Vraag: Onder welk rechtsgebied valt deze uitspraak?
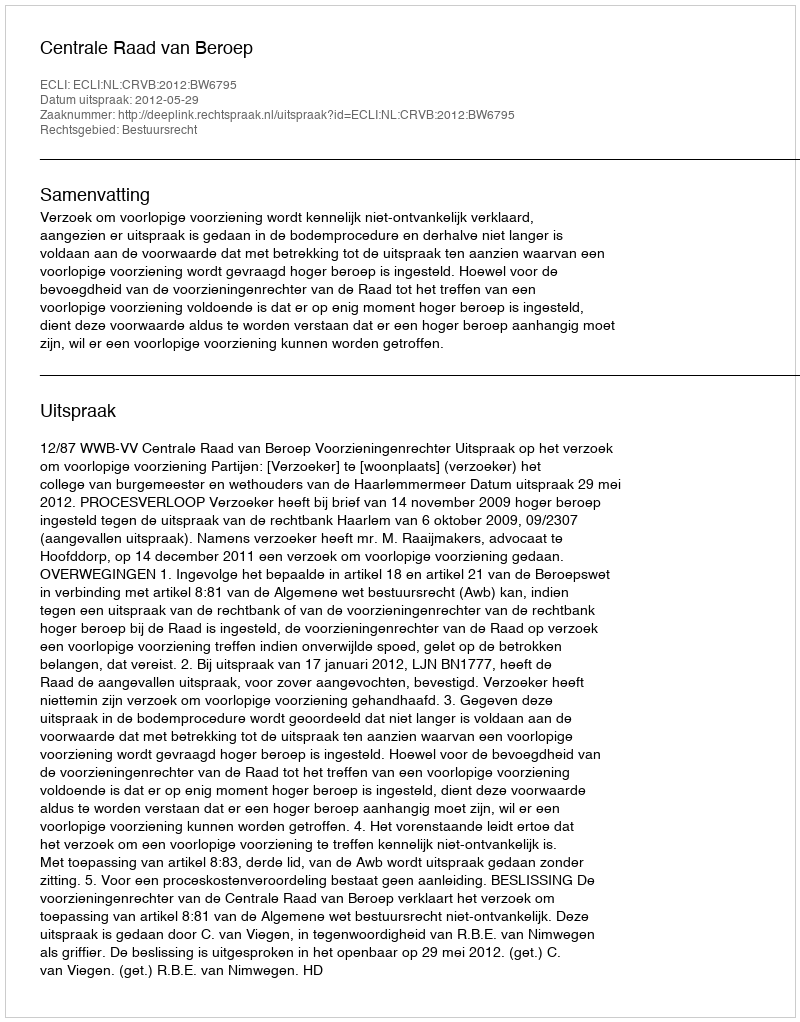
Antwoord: Bestuursrecht